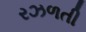
રઝળતી